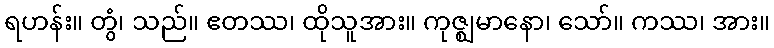
ရဟန်း။ တွံ၊ သည်။ ဧတဿ၊ ထိုသူအား။ ကုဇ္ဈမာနော၊ သော်။ ကဿ၊ အား။